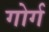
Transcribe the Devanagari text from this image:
गोर्ग